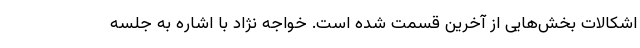
اشکالات بخش‌هایی از آخرین قسمت شده است. خواجه نژاد با اشاره به جلسه